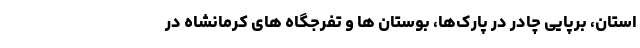
استان، برپایی چادر در پارک‌ها، بوستان ها و تفرجگاه های کرمانشاه در